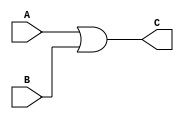
module or_2(A, B, C);
	
	input A, B;
	output C;
	
	assign C = A | B;
	
endmodule